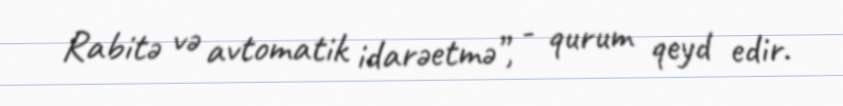
Rabitə və avtomatik idarəetmə”, - qurum qeyd edir.